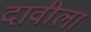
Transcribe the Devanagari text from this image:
दावीला